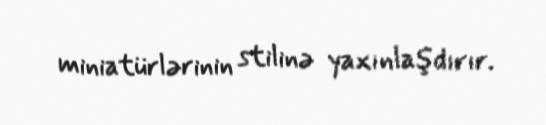
miniatürlərinin stilinə yaxınlaşdırır.